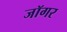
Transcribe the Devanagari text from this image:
जॉगर